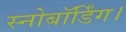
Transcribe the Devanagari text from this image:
स्नोबॉर्डिंग।